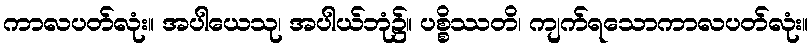
ကာလပတ်လုံး။ အပါယေသု၊ အပါယ်ဘုံ၌။ ပစ္စိဿတိ၊ ကျက်ရသောကာလပတ်လုံး။